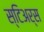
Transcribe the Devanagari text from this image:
स्टिअर्स